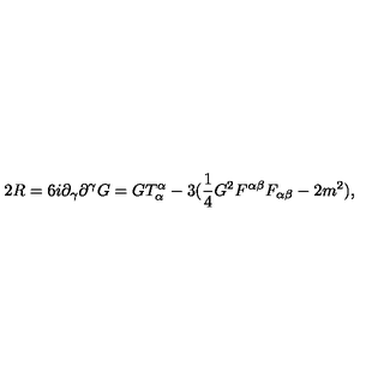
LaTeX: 2 R = 6 i \partial _ { \gamma } \partial ^ { \gamma } G = G T _ { \alpha } ^ { \alpha } - 3 ( { \frac { 1 } { 4 } } G ^ { 2 } F ^ { \alpha \beta } F _ { \alpha \beta } - 2 m ^ { 2 } ) ,